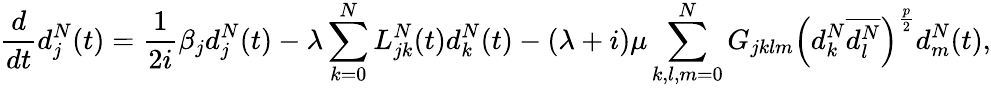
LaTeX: \frac{d}{dt}d_{j}^{N}(t)=\frac{1}{2i}\beta_{j}d_{j}^{N}(t)-\lambda\sum_{k=0}^{N}L_{jk}^{N}(t)d_{k}^{N}(t)-(\lambda+i)\mu\sum_{k,l,m=0}^{N}G_{jklm}\left(d_{k}^{N}\overline{{d_{l}^{N}}}\right)^{\frac{p}{2}}d_{m}^{N}(t),